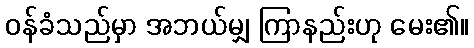
ဝန်ခံသည်မှာ အဘယ်မျှ ကြာနည်းဟု မေး၏။